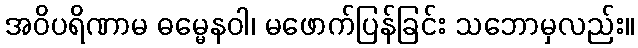
အဝိပရိဏာမ ဓမ္မေနဝါ၊ မဖောက်ပြန်ခြင်း သဘောမှလည်း။